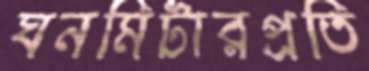
ঘনমিটারপ্রতি